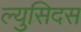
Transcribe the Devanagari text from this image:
ल्युसिदस